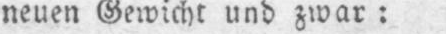
neuen Gewicht und zwar: